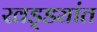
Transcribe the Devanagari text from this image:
खड्ड्यांत